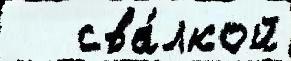
   сва́лкой